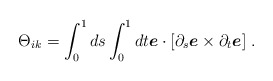
\begin{align*}\Theta_{ik}=\int^1_0ds\int^1_0 dt{\mbox{\boldmath $e$}}\cdot[\partial_s{\mbox{\boldmath $e$}}\times\partial_t{\mbox{\boldmath $e$}}]\;.\end{align*}